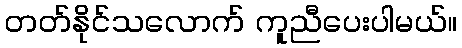
တတ်နိုင်သလောက် ကူညီပေးပါမယ်။